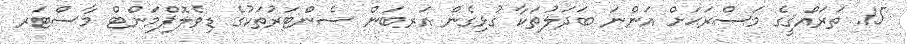
15. ތަރައްޤީގެ މަސްރަޙަށް އަންނަ ބަދަލުތަކާ ގުޅިގެން އަރބަން ސެންޓަރުތަކުގެ ޑިވެލޮޕްމަންޓް މާސްޓަރ